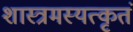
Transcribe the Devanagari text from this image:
शास्त्रमस्यत्कृतं